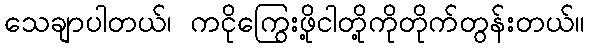
သေချာပါတယ်၊ ကငိုကြွေးဖို့ငါတို့ကိုတိုက်တွန်းတယ်။